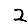
Digit: 2